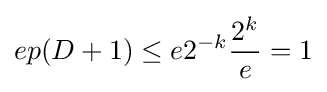
ep(D+1)\leq e2^{-k}{\frac {2^{k}}{e}}=1